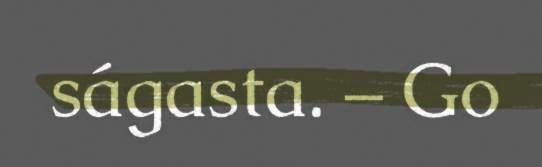
ságasta. – Go